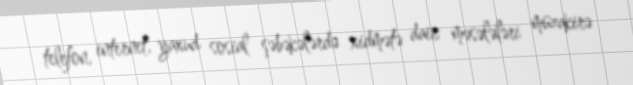
telefon, internet, yaxud sosial şəbəkələrdə xidmətə dair məsələləri müzakirə